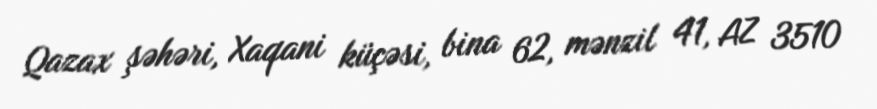
Qazax şəhəri, Xaqani küçəsi, bina 62, mənzil 41, AZ 3510